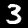
Digit: 3